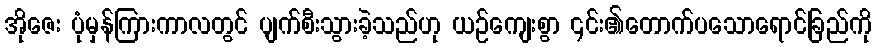
အိုဇေး ပုံမှန်ကြားကာလတွင် ပျက်စီးသွားခဲ့သည်ဟု ယဉ်ကျေးစွာ ၎င်း၏တောက်ပသောရောင်ခြည်ကို